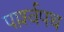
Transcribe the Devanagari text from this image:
पार्श्‍वपथ